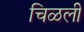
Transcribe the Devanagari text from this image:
चिळली